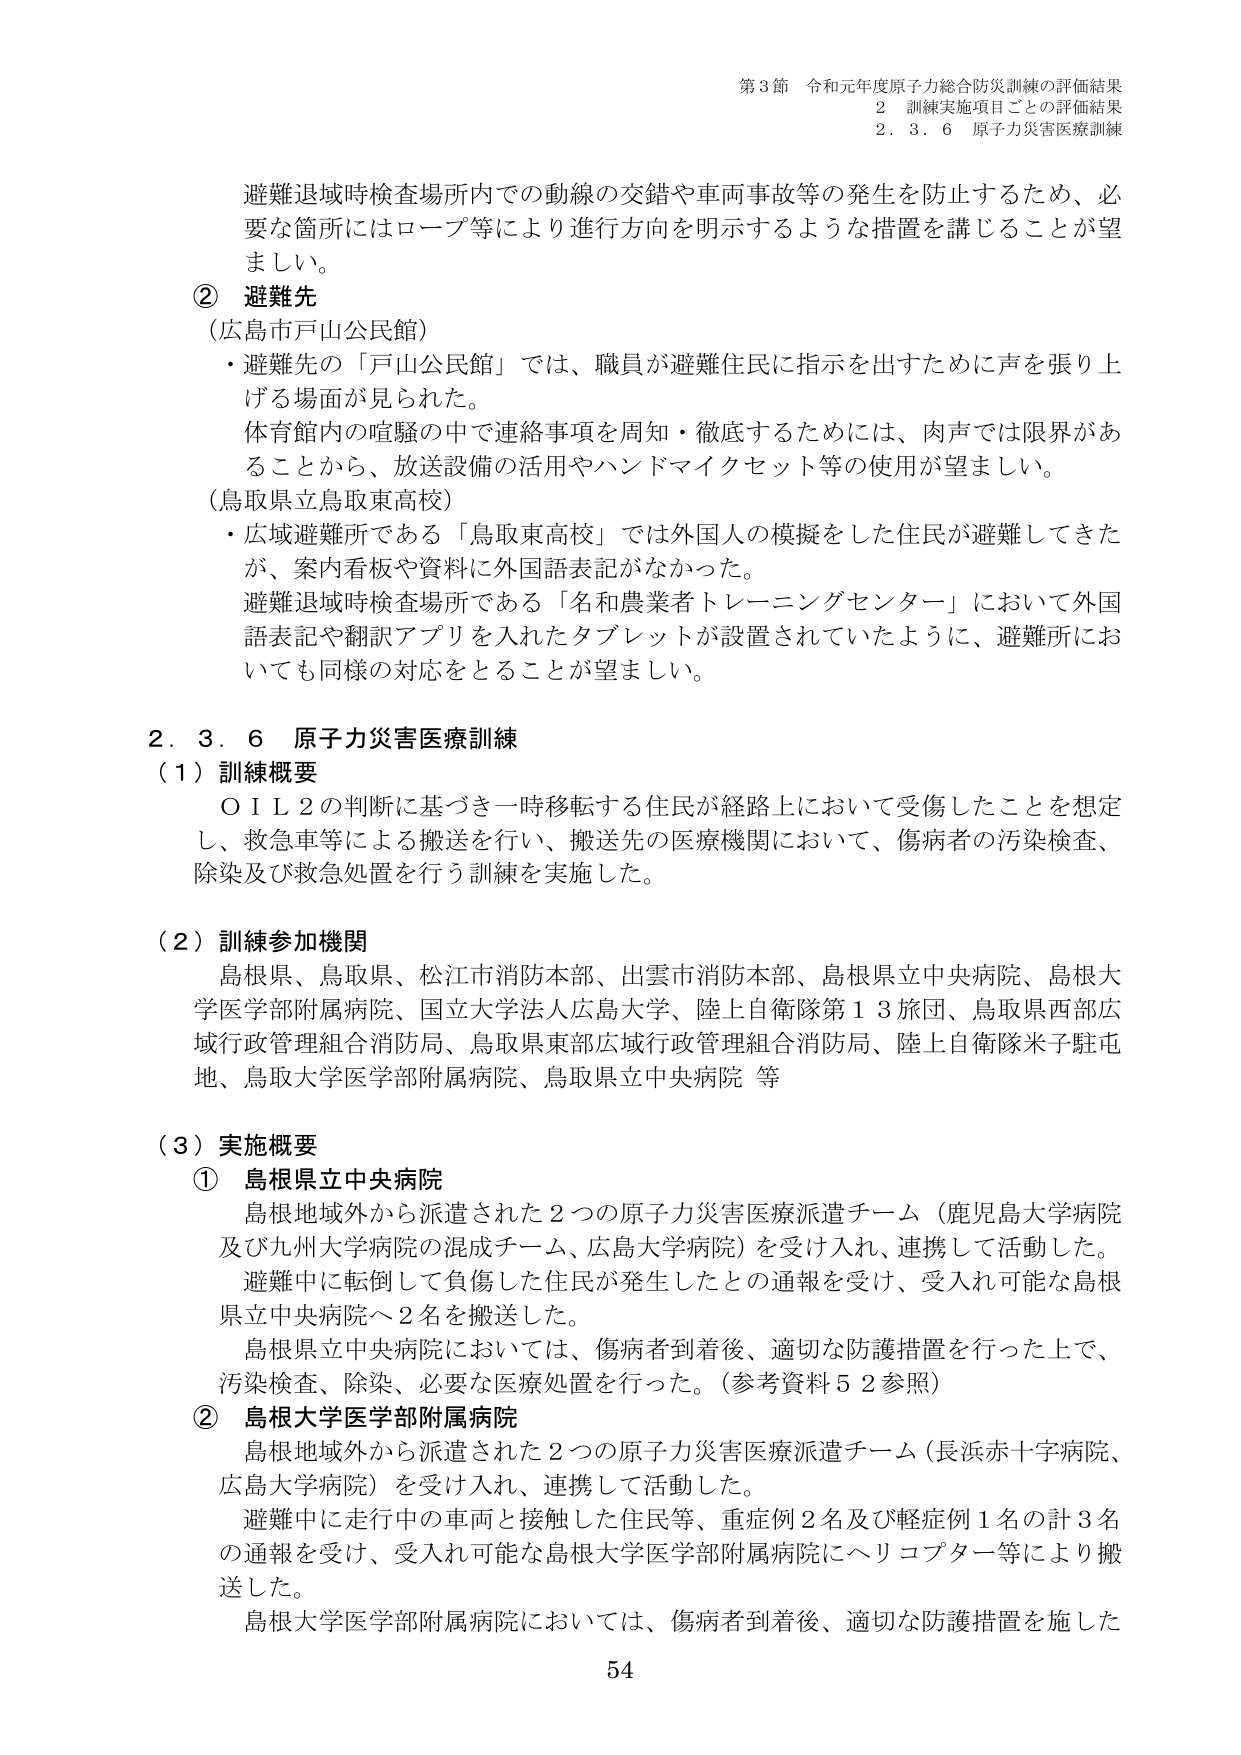
第3節 令和元年度原子力総合防災訓練の評価結果
2 訓練実施項目ごとの評価結果
2.3.6 原子力災害医療訓練

避難退域時検査場所内での動線の交錯や車両事故等の発生を防止するため、必要な箇所にはロープ等により進行方向を明示するような措置を講じることが望ましい。

② 避難先
（広島市戸山公民館）
・避難先の「戸山公民館」では、職員が避難住民に指示を出すために声を張り上げる場面が見られた。
体育館内の喧騒の中で連絡事項を周知・徹底するためには、肉声では限界があることから、放送設備の活用やハンドマイクセット等の使用が望ましい。

（鳥取県立鳥取東高校）
・広域避難所である「鳥取東高校」では外国人の模擬をした住民が避難してきたが、案内看板や資料に外国語表記がなかった。
避難退域時検査場所である「名和農業者トレーニングセンター」において外国語表記や翻訳アプリを入れたタブレットが設置されていたように、避難所においても同様の対応をとることが望ましい。

2.3.6 原子力災害医療訓練
（1）訓練概要
ＯＩＬ２の判断に基づき一時移転する住民が経路上において受傷したことを想定し、救急車等による搬送を行い、搬送先の医療機関において、傷病者の汚染検査、除染及び救急処置を行う訓練を実施した。

（2）訓練参加機関
島根県、鳥取県、松江市消防本部、出雲市消防本部、島根県立中央病院、島根大学医学部附属病院、国立大学法人広島大学、陸上自衛隊第13旅団、鳥取県西部広域行政管理組合消防局、鳥取県東部広域行政管理組合消防局、陸上自衛隊米子駐屯地、鳥取大学医学部附属病院、鳥取県立中央病院 等

（3）実施概要
① 島根県立中央病院
島根地域外から派遣された2つの原子力災害医療派遣チーム（鹿児島大学病院及び九州大学病院の混成チーム、広島大学病院）を受け入れ、連携して活動した。
避難中に転倒して負傷した住民が発生したとの通報を受け、受入れ可能な島根県立中央病院へ2名を搬送した。
島根県立中央病院においては、傷病者到着後、適切な防護措置を行った上で、汚染検査、除染、必要な医療処置を行った。（参考資料52参照）

② 島根大学医学部附属病院
島根地域外から派遣された2つの原子力災害医療派遣チーム（長浜赤十字病院、広島大学病院）を受け入れ、連携して活動した。
避難中に走行中の車両と接触した住民等、重症例2名及び軽症例1名の計3名の通報を受け、受入れ可能な島根大学医学部附属病院へヘリコプター等により搬送した。
島根大学医学部附属病院においては、傷病者到着後、適切な防護措置を施した

54